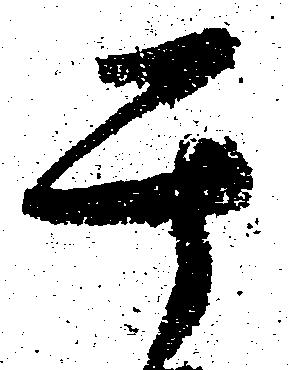
其